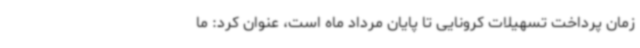
زمان پرداخت تسهیلات کرونایی تا پایان مرداد ماه است، عنوان کرد: ما